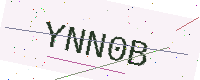
Text: YNN0B